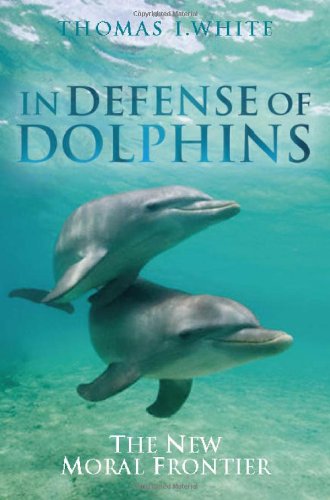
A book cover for In Defense of Dolphins: The New Moral Frontier; Thomas White; Science & Math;